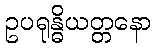
ဥပရုန္ဓိယတ္တနော